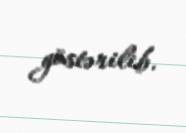
göstərilib.